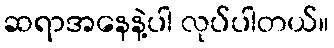
ဆရာအနေနဲ့ပါ လုပ်ပါတယ်။